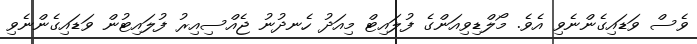
ވެސް ވަޑައިގެންނެވި އެވެ. މޯލްޑިވިއަންގެ ފުލައިޓް މިއަދު ހެނދުނު ޖެއްސިއިރު ފުލައިޓުން ވަޑައިގެންނެވި